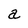
Character: a